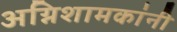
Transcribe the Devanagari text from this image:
अग्निशामकांनी